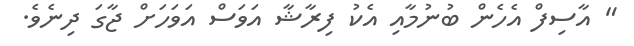
" އާސިފް އެހެން ބުނުމާއި އެކު ފިރާޝާ އަވަސް އަވަހަށް ޖާގަ ދިނެވެ.